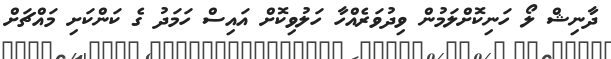
ދާނިޝް ލޯ ހަނިކޮށްލަމުން ވިދުވަރެއްހާ ހަލުވިކޮށް އައިސް ހަމަދު ގެ ކަންކަށި މައްޗަށް